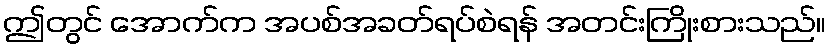
ဤတွင် အောက်က အပစ်အခတ်ရပ်စဲရန် အတင်းကြိုးစားသည်။